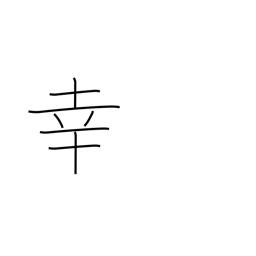
Meaning: fortune